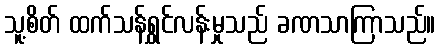
သူ့စိတ် ထက်သန်ရွှင်လန်းမှုသည် ခဏသာကြာသည်။